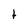
Character: t